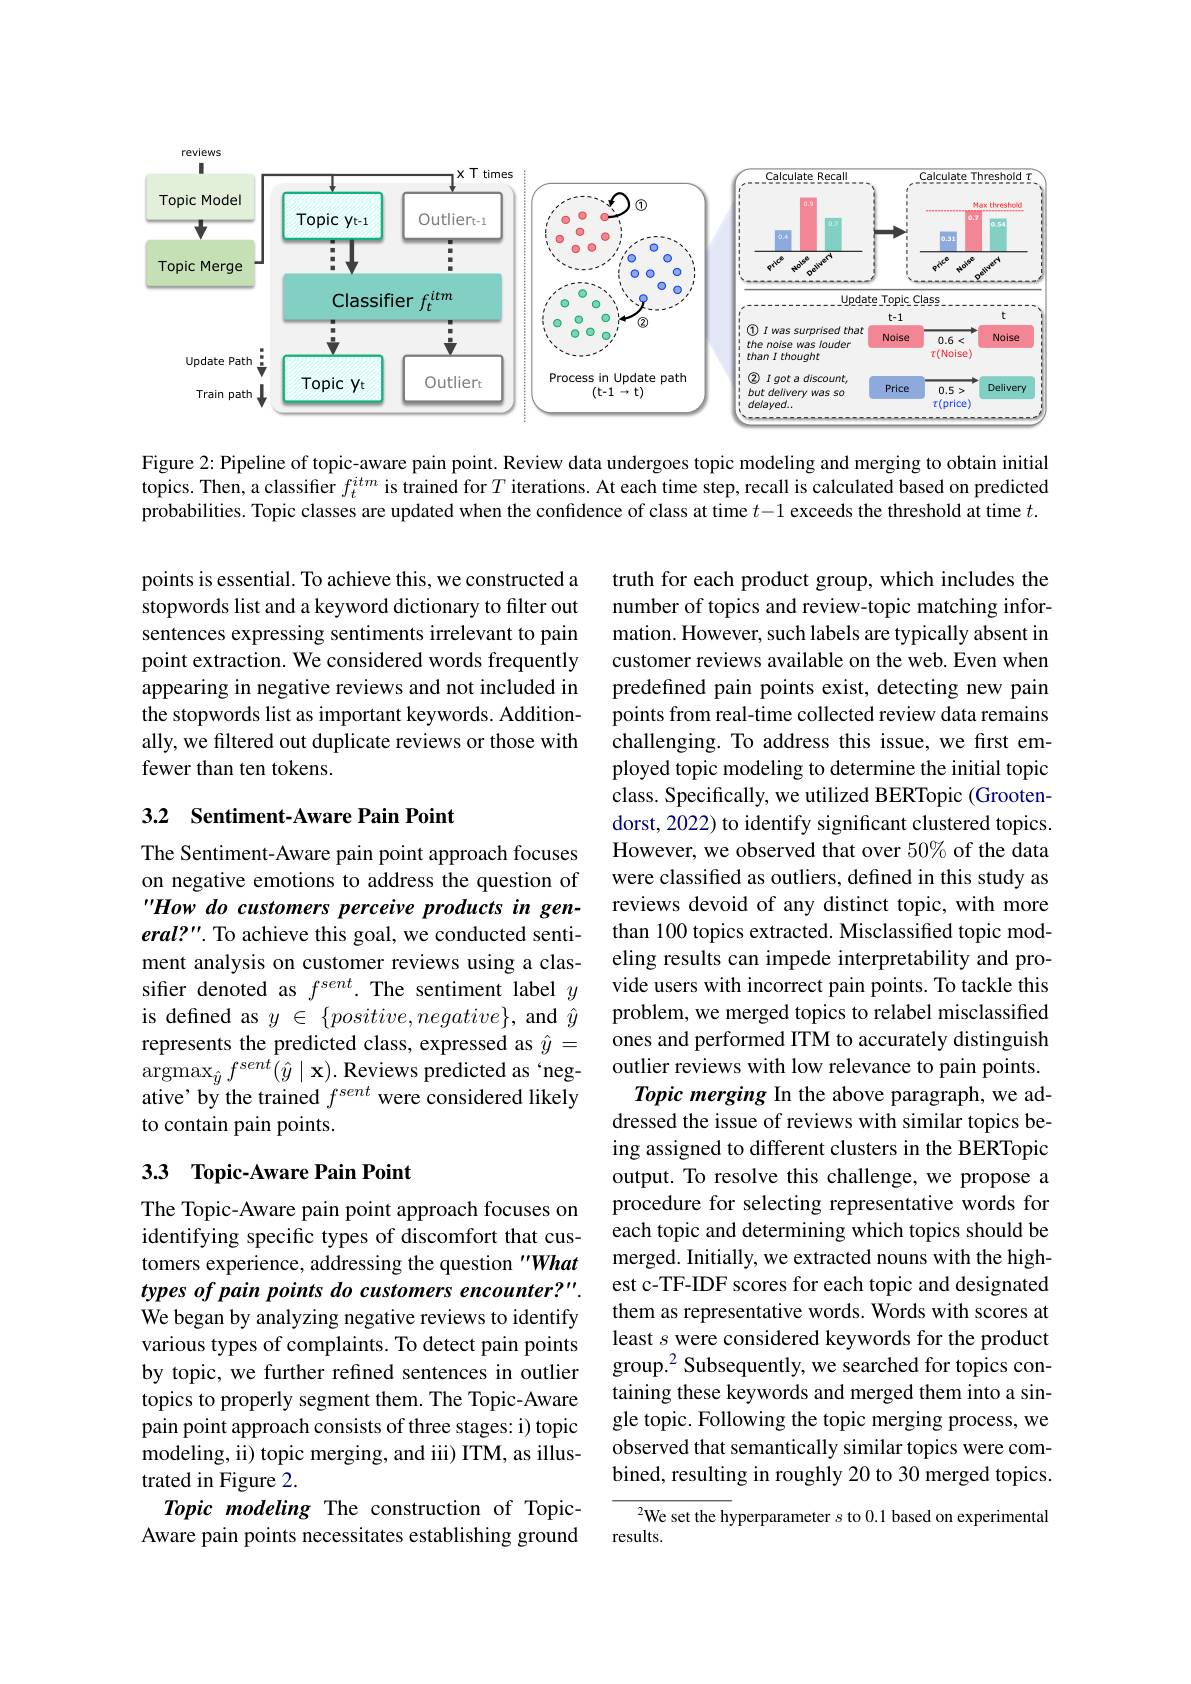
<FigureHere>

Figure 2: Pipeline of topic-aware pain point. Review data undergoes topic modeling and merging to obtain initial topics. Then, a classifier $f_t^{itm}$ is trained for $T$ iterations. At each time step, recall is calculated based on predicted probabilities. Topic classes are updated when the confidence of class at time $t-1$ exceeds the threshold at time $t.$

points is essential. To achieve this, we constructed a stopwords list and a keyword dictionary to filter out sentences expressing sentiments irrelevant to pain point extraction. We considered words frequently appearing in negative reviews and not included in the stopwords list as important keywords. Additionally, we filtered out duplicate reviews or those with fewer than ten tokens.

### 3.2 Sentiment-Aware Pain Point

The Sentiment-Aware pain point approach focuses on negative emotions to address the question of "How do customers perceive products in general?". To achieve this goal, we conducted sentiment analysis on customer reviews using a classifier denoted as $f^{sent}.$ The sentiment label $y$ is defined as $y$ $\in$ $\{ positive, negative\} $, and $\hat{y}$ represents the predicted class, expressed as $\hat{y}=$ $\operatorname*{argmax}_{\hat{y}}f^{sent}(\hat{y}\mid\mathbf{x}).$Reviews predicted as‘negative' by the trained $f^sent$ were considered likely to contain pain points.

truth for each product group, which includes the number of topics and review-topic matching information. However, such labels are typically absent in customer reviews available on the web. Even when predefined pain points exist, detecting new pain points from real-time collected review data remains challenging. To address this issue, we first employed topic modeling to determine the initial topic class. Specifically, we utilized BERTopic (Grootendorst, 2022) to identify significant clustered topics. However, we observed that over 50% of the data were classified as outliers, defined in this study as reviews devoid of any distinct topic, with more than 100 topics extracted. Misclassified topic modeling results can impede interpretability and provide users with incorrect pain points. To tackle this problem, we merged topics to relabel misclassified ones and performed ITM to accurately distinguish outlier reviews with low relevance to pain points.
Topic merging In the above paragraph, we addressed the issue of reviews with similar topics being assigned to different clusters in the BERTopic output. To resolve this challenge, we propose a procedure for selecting representative words for each topic and determining which topics should be merged. Initially, we extracted nouns with the highest c-TF-IDF scores for each topic and designated them as representative words. Words with scores at least $s$ were considered keywords for the product group.$^2$ Subsequently, we searched for topics containing these keywords and merged them into a single topic. Following the topic merging process, we observed that semantically similar topics were combined, resulting in roughly 20 to 30 merged topics.
$^{2}$We set the hyperparameter $s$ to 0.1 based on experimental

## 33 Topic-Aware Pain Point

The Topic-Aware pain point approach focuses on identifying specific types of discomfort that customers experience, addressing the question "What types of pain points do customers encounter?". We began by analyzing negative reviews to identify various types of complaints. To detect pain points by topic, we further refined sentences in outlier topics to properly segment them. The Topic-Aware pain point approach consists of three stages: i) topic modeling, ii) topic merging, and iii) ITM, as illustrated in Figure 2.
Topic modeling The construction of TopicAware pain points necessitates establishing ground

results.